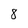
Character: 8